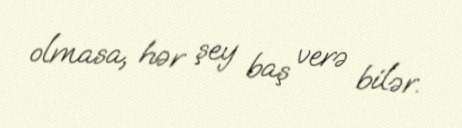
olmasa, hər şey baş verə bilər.